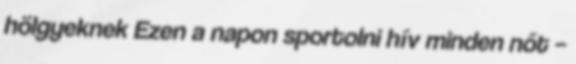
hölgyeknek Ezen a napon sportolni hív minden nőt –